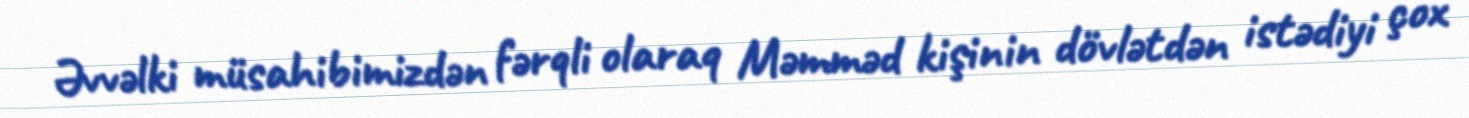
Əvvəlki müsahibimizdən fərqli olaraq Məmməd kişinin dövlətdən istədiyi çox